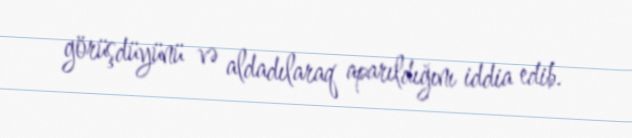
görüşdüyünü və aldadılaraq aparıldığını iddia edib.